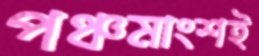
পঞ্চমাংশই